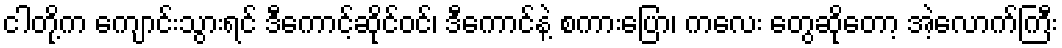
ငါတို့က ကျောင်းသွားရင် ဒီကောင့်ဆိုင်ဝင်၊ ဒီကောင်နဲ့ စကားပြော၊ ကလေး တွေဆိုတော့ အဲ့လောက်ကြီး